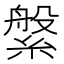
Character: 縏